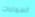
السماعات